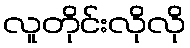
လူတိုင်းလိုလို